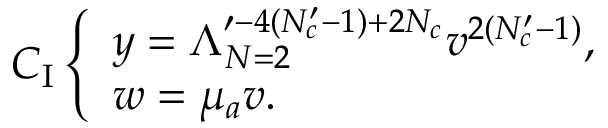
C _ { \mathrm { I } } \left\{ \begin{array} { l } { { y = \Lambda _ { N = 2 } ^ { \prime - 4 ( N _ { c } ^ { \prime } - 1 ) + 2 N _ { c } } v ^ { 2 ( N _ { c } ^ { \prime } - 1 ) } , } } \\ { { w = \mu _ { a } v . } } \end{array} \right.